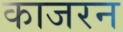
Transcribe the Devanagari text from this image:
काजरन